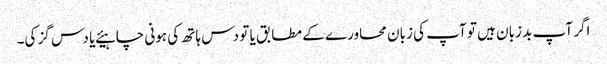
اگر آپ بد زبان ہیں تو آپ کی زبان محاورے کے مطابق یا تو دس ہاتھ کی ہونی چاہیئے یا دس گز کی۔